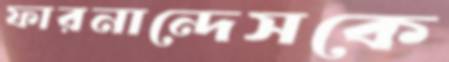
ফারনান্দেসকে